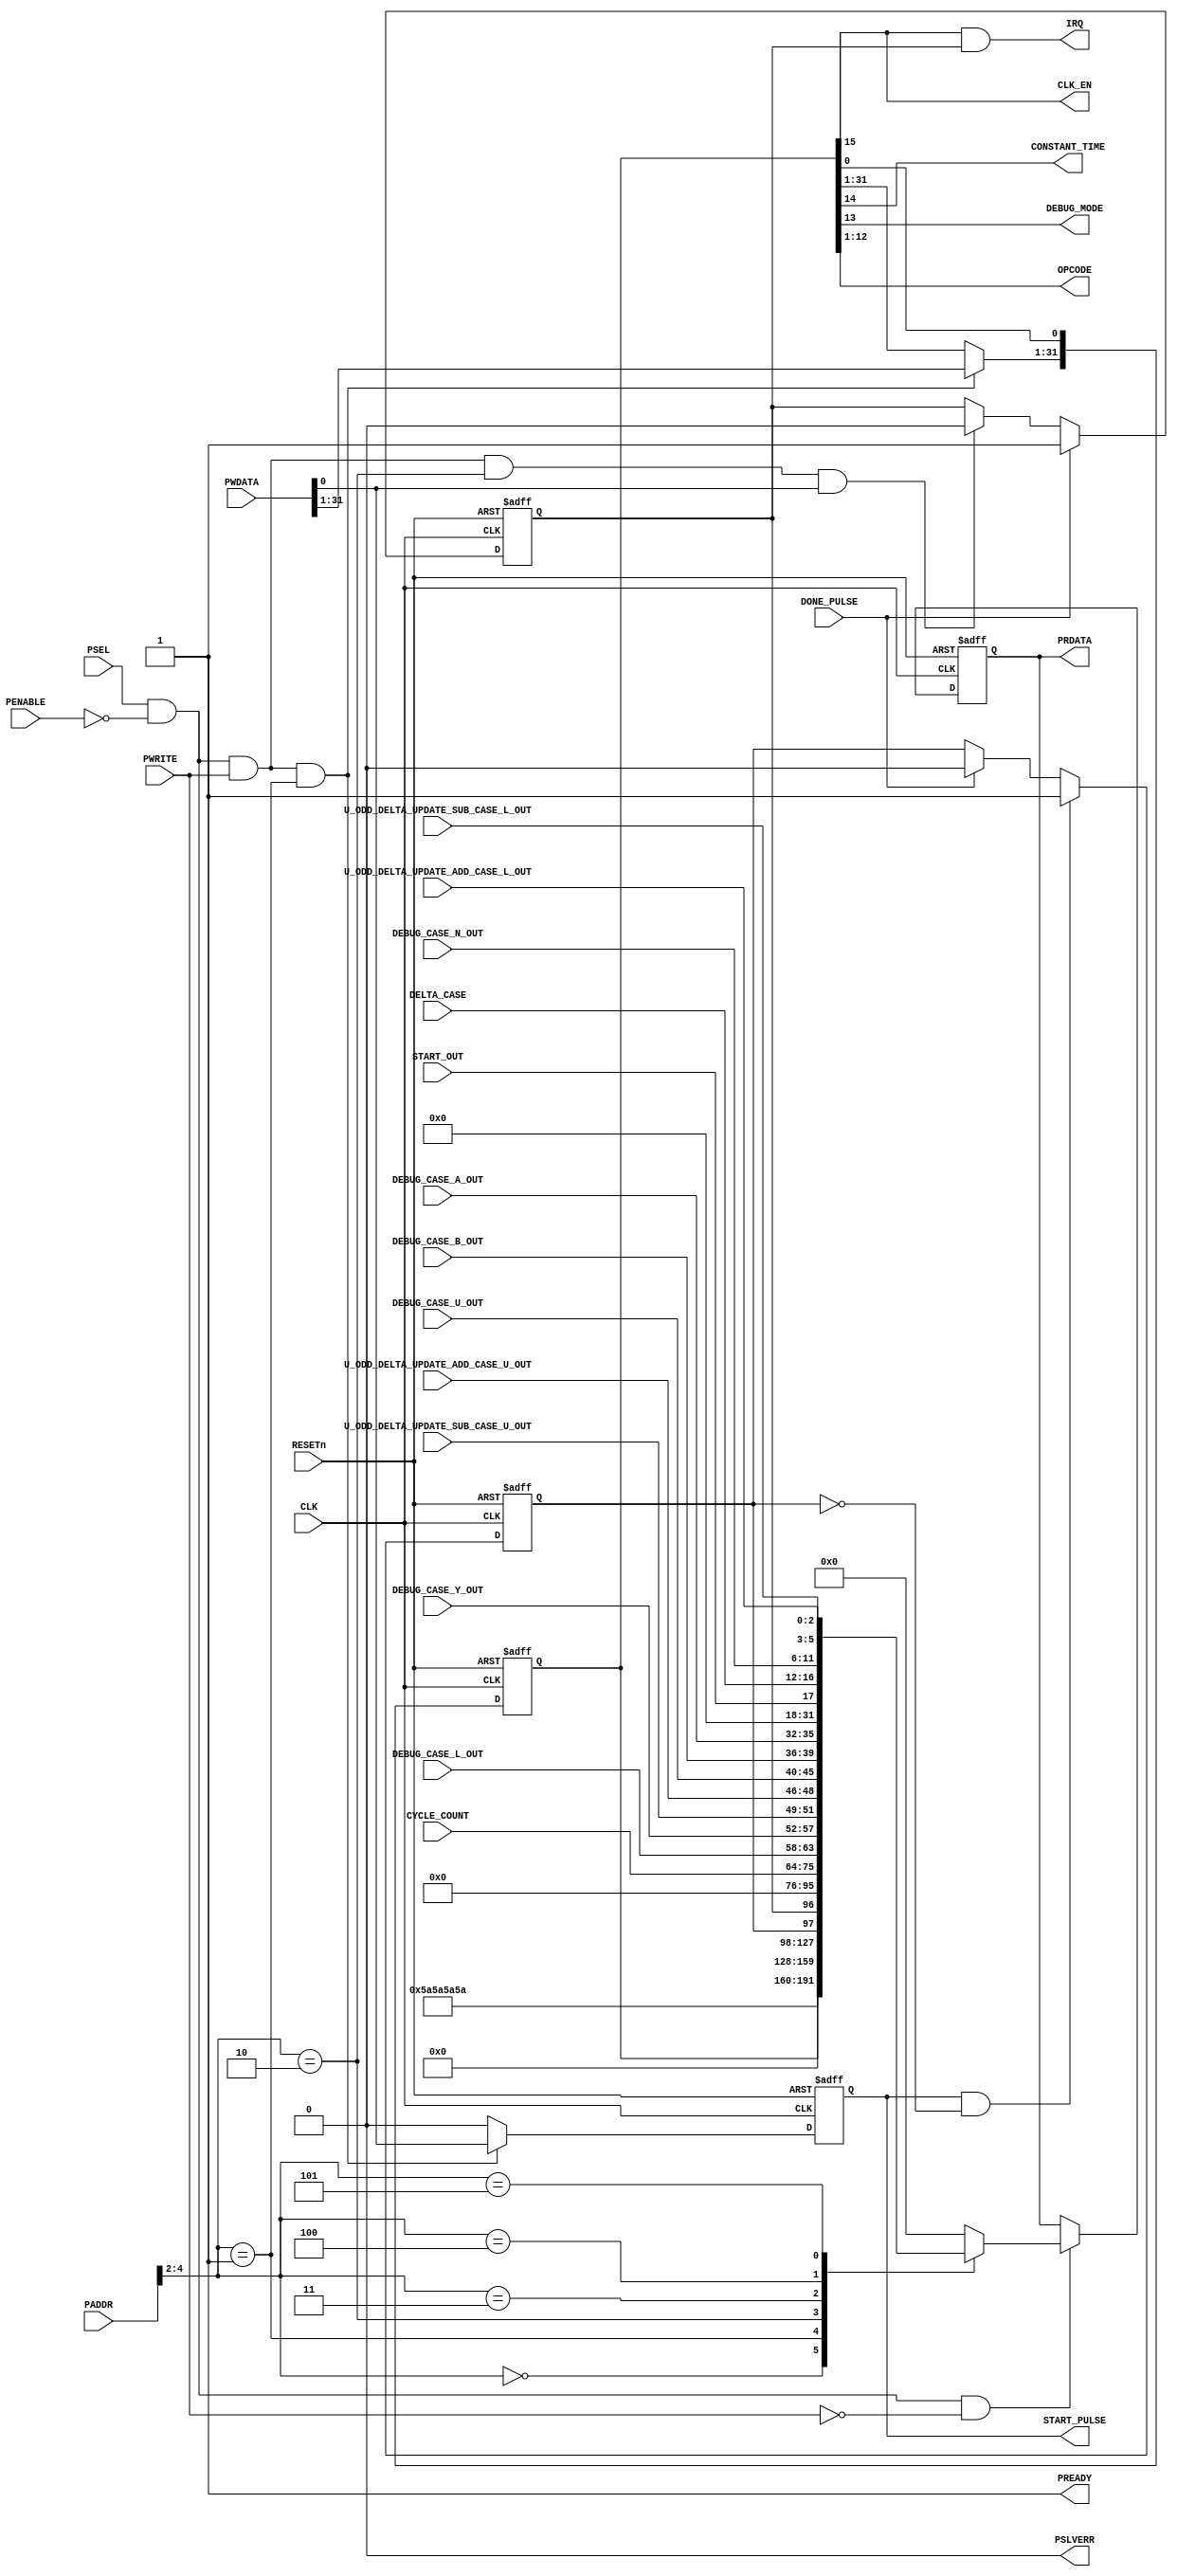
module RegFile (
    // Clock and Reset
    input   wire            CLK,
    input   wire            RESETn,

    // APB Interface
    input   wire [31:0]     PADDR,
    input   wire            PENABLE,
    input   wire            PSEL,
    input   wire            PWRITE,
    input   wire [31:0]     PWDATA,
    output  wire            PREADY,
    output  wire            PSLVERR,
    output  wire [31:0]     PRDATA,

    // Control Signals
    output  wire            CLK_EN,
    output  wire            CONSTANT_TIME,
    output  wire            DEBUG_MODE,
    output  wire [11:0]     OPCODE,
    output  wire            START_PULSE,

    input   wire            DONE_PULSE,
    input   wire [11:0]     CYCLE_COUNT,

    input   wire            START_OUT,

    input   wire [3:0]      DEBUG_CASE_A_OUT,
    input   wire [3:0]      DEBUG_CASE_B_OUT,

    input   wire [5:0]      DEBUG_CASE_U_OUT,
    input   wire [2:0]      U_ODD_DELTA_UPDATE_ADD_CASE_U_OUT,
    input   wire [2:0]      U_ODD_DELTA_UPDATE_SUB_CASE_U_OUT,

    input   wire [5:0]      DEBUG_CASE_Y_OUT,

    input   wire [5:0]      DEBUG_CASE_L_OUT,
    input   wire [2:0]      U_ODD_DELTA_UPDATE_ADD_CASE_L_OUT,
    input   wire [2:0]      U_ODD_DELTA_UPDATE_SUB_CASE_L_OUT,

    input   wire [5:0]      DEBUG_CASE_N_OUT,

    input   wire [4:0]      DELTA_CASE,

    // input   wire [15:0]     DEBUG_LOWER_A,
    // input   wire [15:0]     DEBUG_LOWER_B,
    // input   wire [15:0]     DEBUG_LOWER_U,
    // input   wire [15:0]     DEBUG_LOWER_Y,
    // input   wire [15:0]     DEBUG_LOWER_L,
    // input   wire [15:0]     DEBUG_LOWER_N,
    // input   wire [3:0]      DEBUG_CASE_A_B,
    // input   wire [4:0]      DEBUG_CASE_U,
    // input   wire [4:0]      DEBUG_CASE_Y,
    // input   wire [4:0]      DEBUG_CASE_L,
    // input   wire [4:0]      DEBUG_CASE_N,

    // Interrupt
    output  wire            IRQ
);

    // =========================================================================
    // Address Space
    // -------------------------------------------------------------------------
    // Offset   | Reg Name
    // -------------------------------------------------------------------------
    // 0x00     | ID Register
    // 0x04     | CTRL (CLK_EN[16:16], IE [15:15], CONSTANT_TIME[14:14], DEBUG_MODE[13:13], OPCODE[12:1],
    //                  START_PULSE[0:0])
    // 0x08     | STATUS (RUN_STATUS, IRQ_STATUS)
    // 0x0C     | CYCLE_COUNT
    // 0x10     | DEBUG_0   (DEBUG_CASE_L_OUT, DEBUG_CASE_Y_OUT, 
    //                       U_ODD_DELTA_UPDATE_SUB_CASE_U_OUT, 
    //                       U_ODD_DELTA_UPDATE_ADD_CASE_U_OUT, 
    //                       DEBUG_CASE_U_OUT, DEBUG_CASE_B_OUT, DEBUG_CASE_A_OUT)
    // 0x14     | DEBUG_1   (START_OUT, DELTA_CASE, DEBUG_CASE_N_OUT,
    //                       U_ODD_DELTA_UPDATE_SUB_CASE_L_OUT,
    //                       U_ODD_DELTA_UPDATE_ADD_CASE_L_OUT)
    //--------------------------------------------------------------------------

    // Internal APB Signals

    reg [31:0]  apb_prdata;
    reg [31:0]  reg_data_out;
    wire        setup_phase;
    wire        wr_en;
    wire        rd_en;

    // Registers
    reg [31:0]  reg_CTRL;
    reg         reg_START_PULSE;
    reg         reg_IE_STAT;
    reg         reg_RUN_STAT;

    // Register Access

    wire [2:0]  addr_oft;
    assign addr_oft = PADDR[4:2];

    // reg_CTRL
    always @(posedge CLK or negedge RESETn)
        if (!RESETn)
            reg_CTRL        <= 32'd0;
        else if (wr_en && (addr_oft == 3'd1))
            reg_CTRL[31:1]  <= PWDATA[31:1];

    // reg_START_PULSE
    always @(posedge CLK or negedge RESETn)
        if (!RESETn)
            reg_START_PULSE <= 1'b0;
        else if (wr_en && (addr_oft == 3'd1))
            reg_START_PULSE <= PWDATA[0];
        else
            reg_START_PULSE <= 1'b0;

    // reg_IE_STAT
    always @(posedge CLK or negedge RESETn)
        if (!RESETn)
            reg_IE_STAT     <= 1'b0;
        else if(DONE_PULSE)
            reg_IE_STAT     <= 1'b1;
        else if (wr_en && (addr_oft == 3'd2) && (PWDATA[0] == 1'b1))
            reg_IE_STAT     <= 1'b0;

    // reg_RUN_STAT
    always @(posedge CLK or negedge RESETn)
        if (!RESETn)
            reg_RUN_STAT    <= 1'b0;
        else if(reg_START_PULSE & ~reg_RUN_STAT)
            reg_RUN_STAT    <= 1'b1;
        else if(DONE_PULSE)
            reg_RUN_STAT    <= 1'b0;

    // Read Data
    always @(*)
        case (addr_oft)
            3'd0    : reg_data_out  = 32'h5A5A5A5A;
            3'd1    : reg_data_out  = reg_CTRL;
            3'd2    : reg_data_out  = {30'd0, reg_RUN_STAT, reg_IE_STAT};
            3'd3    : reg_data_out  = {20'd0, CYCLE_COUNT};
            3'd4    : reg_data_out  = {DEBUG_CASE_L_OUT, DEBUG_CASE_Y_OUT, U_ODD_DELTA_UPDATE_SUB_CASE_U_OUT, U_ODD_DELTA_UPDATE_ADD_CASE_U_OUT, DEBUG_CASE_U_OUT, DEBUG_CASE_B_OUT, DEBUG_CASE_A_OUT};
            3'd5    : reg_data_out  = {14'd0, START_OUT, DELTA_CASE, DEBUG_CASE_N_OUT, U_ODD_DELTA_UPDATE_SUB_CASE_L_OUT, U_ODD_DELTA_UPDATE_ADD_CASE_L_OUT};
            default : reg_data_out  = 32'd0;
        endcase

    always @(posedge CLK or negedge RESETn)
            if (!RESETn)
            apb_prdata  <= 32'd0;
        else if (rd_en)
            apb_prdata  <= reg_data_out;

    // Control Output Signal Assignments

    assign CLK_EN           = reg_CTRL[15];
    assign CONSTANT_TIME    = reg_CTRL[14];
    assign DEBUG_MODE       = reg_CTRL[13];
    assign OPCODE           = reg_CTRL[12:1];
    assign START_PULSE      = reg_START_PULSE;
    assign IRQ              = reg_CTRL[15] & reg_IE_STAT;

    // APB Signal Assignments

    assign setup_phase = PSEL & ~PENABLE;
    assign wr_en = setup_phase & PWRITE;
    assign rd_en = setup_phase & ~PWRITE;

    assign PRDATA   = apb_prdata;
    assign PREADY   = 1'b1;
    assign PSLVERR  = 1'b0;

endmodule